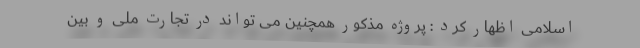
اسلامی اظهار کرد : پروژه مذکور همچنین می تواند در تجارت ملی و بین